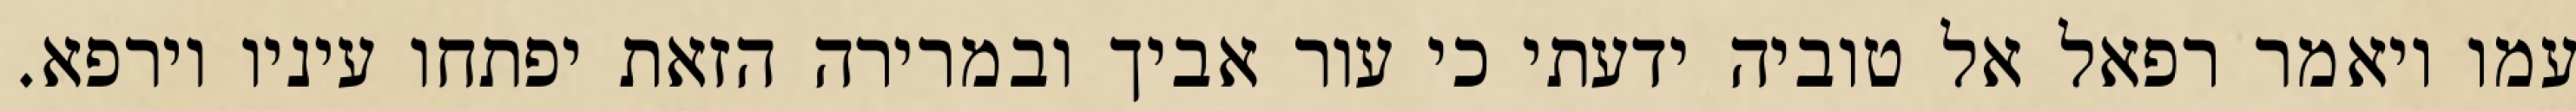
עמו ויאמר רפאל אל טוביה ידעתי כי עור אביך ובמרירה הזאת יפתחו עיניו וירפא.